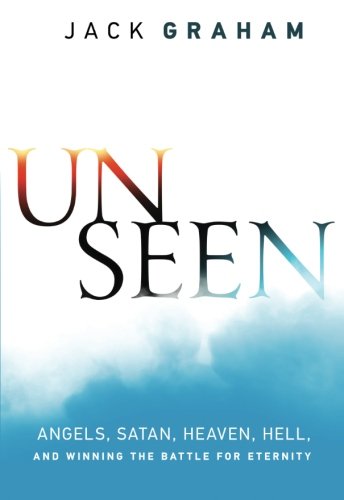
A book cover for Unseen: Angels, Satan, Heaven, Hell, and Winning the Battle for Eternity; Jack Graham; Christian Books & Bibles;